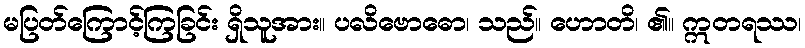
မပြတ်ကြောင့်ကြခြင်း ရှိသူအား။ ပလိဗောဓော၊ သည်။ ဟောတိ၊ ၏။ ဣတရဿ၊